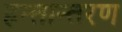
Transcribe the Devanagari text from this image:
हन्तान्तरण